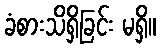
ခံစားသိရှိခြင်း မရှိ။